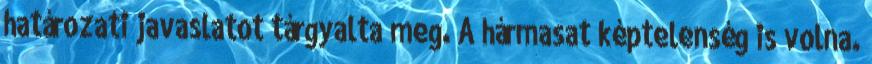
határozati javaslatot tárgyalta meg. A hármasat képtelenség is volna.